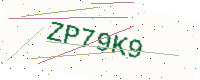
Text: ZP79K9